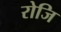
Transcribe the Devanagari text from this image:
रोजि